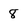
Character: 8